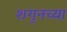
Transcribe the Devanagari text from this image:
शगुनच्या